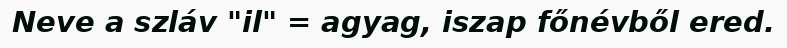
Neve a szláv "il" = agyag, iszap főnévből ered.